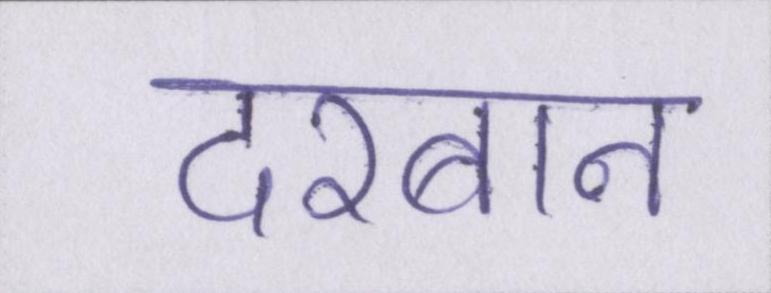
दरबान